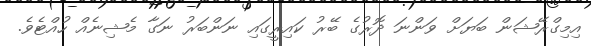
އިމިގްރޭޝަން ބަޔަށް ވަންނަ ދޮރުގެ ބޭރު ކައިރީގައި ނަންބަރު ނަގާ މެޝިނެއް ހުއްޓެވެ.